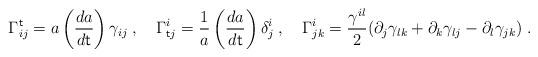
LaTeX: \begin{align*} \Gamma^{\sf t}_{ij} = a\left(\frac{da}{d{\sf t}}\right)\gamma_{ij}\;, ~~~\Gamma^{i}_{{\sf t}j} = \frac{1}{a}\left(\frac{da}{d{\sf t}}\right)\delta^i_j \;,~~~\Gamma^{i}_{jk}=\frac{\gamma^{il}}{2}(\partial_j\gamma_{lk}+\partial_k \gamma_{lj}-\partial_l\gamma_{jk}) \;.\end{align*}